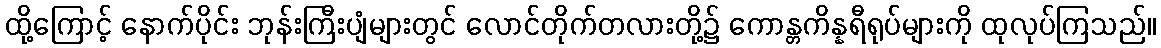
ထို့ကြောင့် နောက်ပိုင်း ဘုန်းကြီးပျံများတွင် လောင်တိုက်တလားတို့၌ ကောန္တကိန္နရီရုပ်များကို ထုလုပ်ကြသည်။